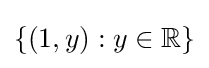
\{(1,y):y\in \mathbb {R} \}